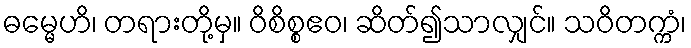
ဓမ္မေဟိ၊ တရားတို့မှ။ ဝိစိစ္စဧဝ၊ ဆိတ်၍သာလျှင်။ သဝိတက္ကံ၊